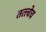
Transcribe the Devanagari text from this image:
तत्त्वेच